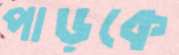
পাড়কে